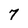
Character: 7